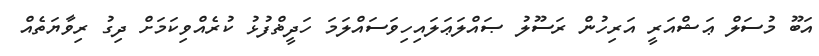
އަބޫ މުސަލް ޢަޝްއަރީ އަރިހުން ރަސޫލު ޞައްލަޢަލައިހިވަސައްލަމަަ ހަދީޡްފުޅު ކުރެއްވިކަމަށް ދިގު ރިވާޔަތެއް